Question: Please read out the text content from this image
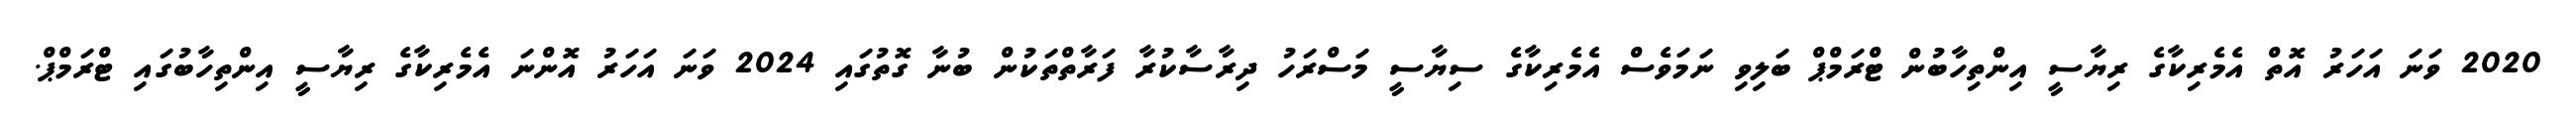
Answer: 2020 ވަނަ އަހަރު އޮތް އެމެރިކާގެ ރިޔާސީ އިންތިހާބުން ޓްރަމްޕް ބަލިވި ނަމަވެސް އެމެރިކާގެ ސިޔާސީ މަސްރަހު ދިރާސާކުރާ ފަރާތްތަކުން ބުނާ ގޮތުގައި 2024 ވަނަ އަހަރު އޮންނަ އެމެރިކާގެ ރިޔާސީ އިންތިހާބުގައި ޓްރަމްޕް.